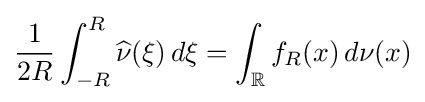
{\frac {1}{2R}}\int _{-R}^{R}{\widehat {\nu }}(\xi )\,d\xi =\int _{\mathbb {R} }f_{R}(x)\,d\nu (x)